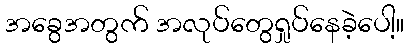
အခွေအတွက် အလုပ်တွေရှုပ်နေခဲ့ပေါ့။